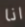
انا